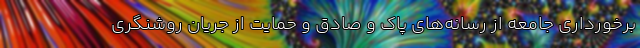
برخورداری جامعه از رسانه‌های پاک و صادق و حمایت از جریان روشنگری